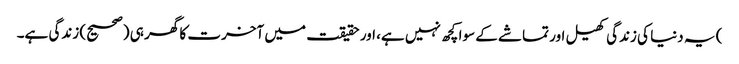
) یہ دنیا کی زندگی کھیل اور تماشے کے سوا کچھ نہیں ہے، اور حقیقت میں آخرت کا گھر ہی (صحیح) زندگی ہے۔